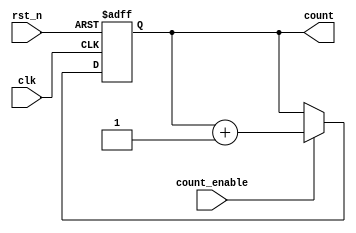
module async_counter (
    input wire clk,            // Clock input
    input wire rst_n,         // Asynchronous reset (active low)
    input wire count_enable,   // Count enable signal
    output reg [N-1:0] count   // Output count value
);
    parameter N = 3; // Number of bits for the counter (can be changed as needed)

    // Always block for the counter operation
    always @(posedge clk or negedge rst_n) begin
        if (!rst_n) begin
            count <= 0; // Reset count to 0
        end else if (count_enable) begin
            count <= count + 1; // Increment count
        end
    end
endmodule